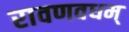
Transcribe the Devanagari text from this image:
रावणवधम्